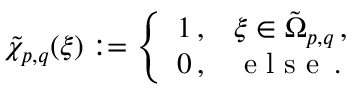
\tilde { \chi } _ { p , q } ( \boldsymbol { \xi } ) : = \left\{ \begin{array} { l l } { 1 \, , } & { \boldsymbol { \xi } \in \tilde { \Omega } _ { p , q } \, , } \\ { 0 \, , } & { \mathrm { ~ e ~ l ~ s ~ e ~ } \, . } \end{array} \right.